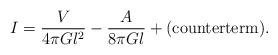
LaTeX: \begin{align*}I = {V\over 4\pi G l^2} - {A\over 8\pi G l} + ({\rm counterterm}).\end{align*}